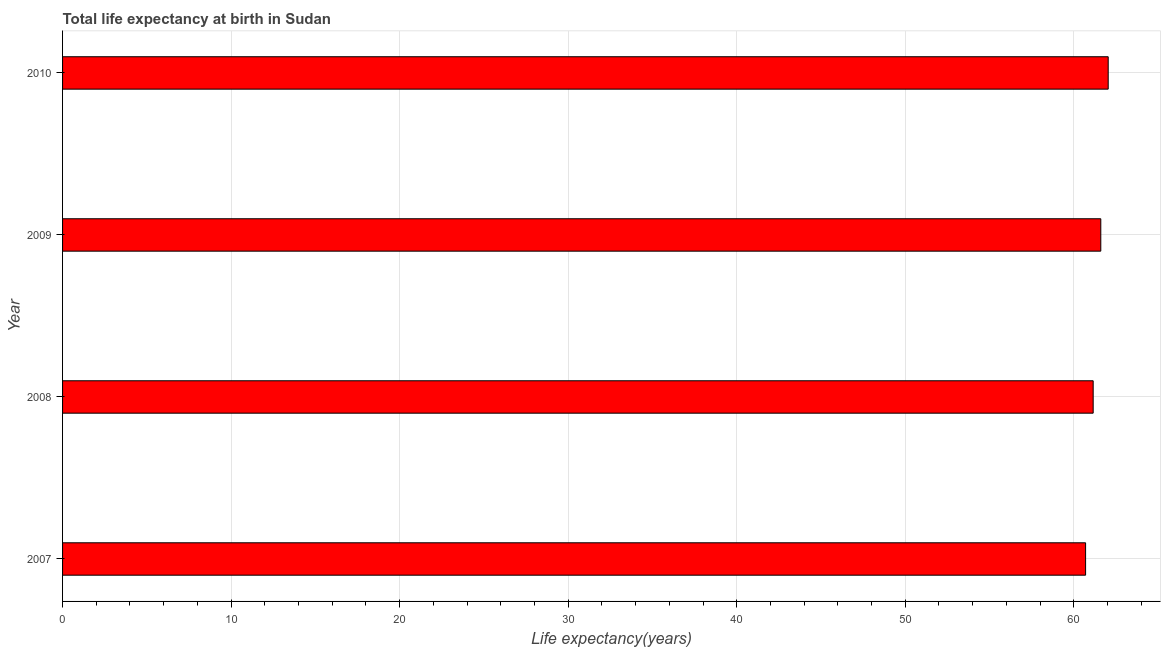
| Year | Life expectancy at birth |
 | --- | --- |
 | 2007 | 60.7 |
 | 2008 | 61.2 |
 | 2009 | 61.6 |
 | 2010 | 62 |